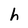
Character: h